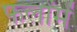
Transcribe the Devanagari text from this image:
फलोंमें